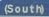
(south)